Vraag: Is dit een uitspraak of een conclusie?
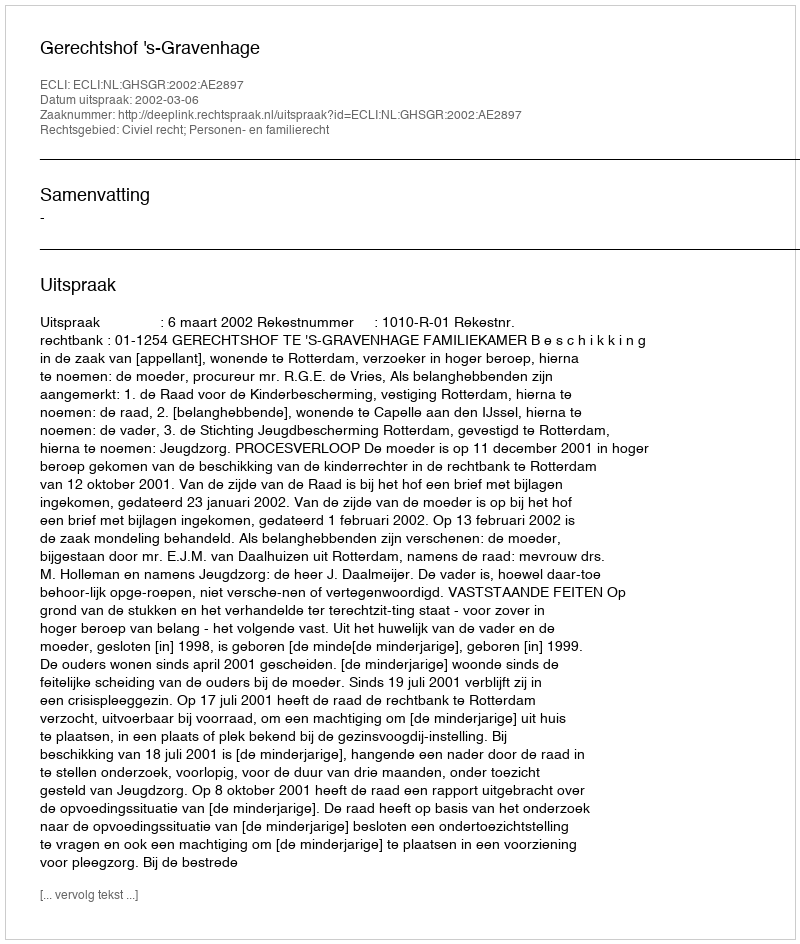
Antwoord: Uitspraak